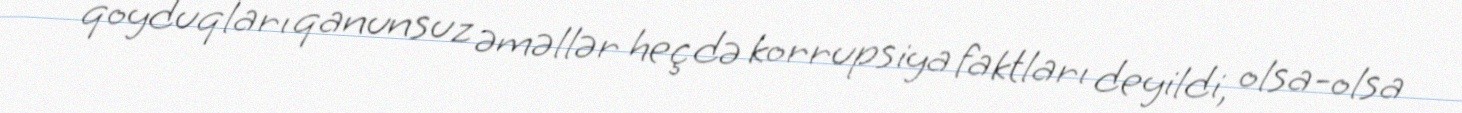
qoyduqları qanunsuz əməllər heç də korrupsiya faktları deyildi, olsa-olsa